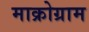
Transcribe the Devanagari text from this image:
माक्रोग्राम